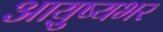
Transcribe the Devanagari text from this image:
आयु़्ष्यभर